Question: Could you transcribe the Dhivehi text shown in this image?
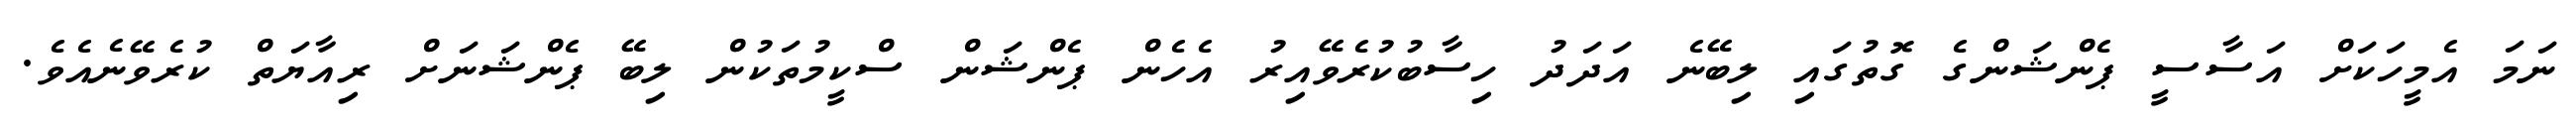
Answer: ނަމަ އެމީހަކަށް އަސާސީ ޕެންޝަންގެ ގޮތުގައި ލިބޭނެ އަދަދު ހިސާބުކުރެވޭއިރު އެހެން ޕެންޝަން ސްކީމުތަކުން ލިބޭ ޕެންޝަނަށް ރިއާޔަތް ކުރެވޭނެއެވެ.